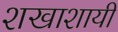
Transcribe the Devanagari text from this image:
शखाशायी